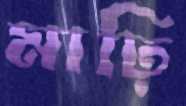
মাঢ়ি